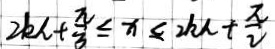
2 k h + \frac { \pi } { 3 } \leq x \leq 2 k h + \frac { \pi } { 2 }